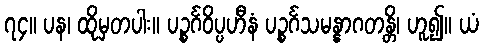
၇၄။ ပန၊ ထိုမှတပါး။ ပဉ္စင်္ဂဝိပ္ပဟီနံ ပဉ္စင်္ဂသမန္နာဂတန္တိ၊ ဟူ၍။ ယံ